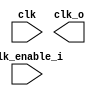
// This program was cloned from: https://github.com/intel/aib-phy-hardware
// License: Apache License 2.0

// SPDX-License-Identifier: Apache-2.0
// Copyright (C) 2019 Intel Corporation. All rights reserved
//****************************************************************************************
// (C) 2011 Altera Corporation. All rights reserved.
//
//****************************************************************************************
//-----------------------------------------------------------------------------
//  Gated-clock cell model
//-----------------------------------------------------------------------------


module altr_hps_clkgate (
  clk,
  clk_enable_i,
  clk_o
  );

input clk;
input clk_enable_i;

output clk_o;

reg clk_enable_lat;

`ifdef ALTR_HPS_INTEL_MACROS_OFF
always @ (clk or clk_enable_i)
  begin
    if (~clk)
      clk_enable_lat <= clk_enable_i;
  end

assign clk_o = clk & clk_enable_lat;

`else


`endif
endmodule